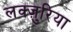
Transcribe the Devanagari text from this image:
लक्ज़ुरिया